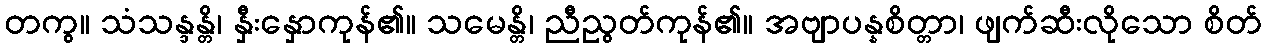
တကွ။ သံသန္ဒန္တိ၊ နှီးနှောကုန်၏။ သမေန္တိ၊ ညီညွတ်ကုန်၏။ အဗျာပန္နစိတ္တာ၊ ဖျက်ဆီးလိုသော စိတ်